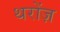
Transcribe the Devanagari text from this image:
थरोंज़